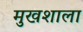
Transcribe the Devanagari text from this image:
मुखशाला